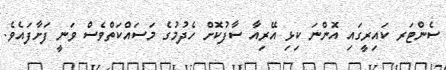
ސެންޓަރ ކައިރީގައި އޮންނަ ކިޅި އޭރިއާ ސާފުކޮަށް ހެދުމުގެ މަސައްކަތްވެސް ވަނީ ފަށާފައެވެ.